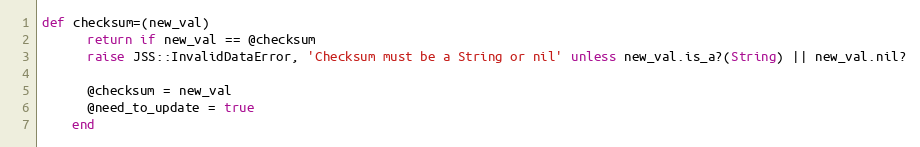
Language: Ruby
def checksum=(new_val)
      return if new_val == @checksum
      raise JSS::InvalidDataError, 'Checksum must be a String or nil' unless new_val.is_a?(String) || new_val.nil?

      @checksum = new_val
      @need_to_update = true
    end